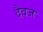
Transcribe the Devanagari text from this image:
दैवज